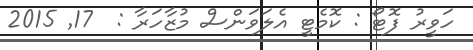
ހަވީރު ފޮޓޯ : ކޮމެޓީ އެލަވަންސް މުޒާހަރާ :  17